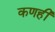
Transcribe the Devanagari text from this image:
कणही